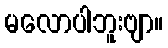
မလောပါဘူးဗျာ။